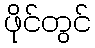
ဖိုင်တွင်